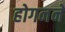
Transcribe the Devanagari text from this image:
होगनने